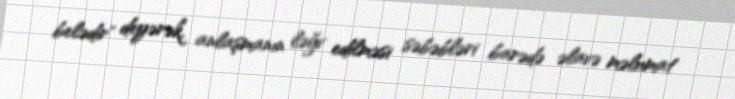
belədir" deyərək, anlaşmanın ləğv edilməsi səbəbləri barədə əlavə məlumat